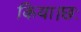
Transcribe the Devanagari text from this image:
किया।छः